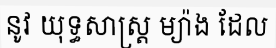
នូវ យុទ្ធសាស្ត្រ ម្យ៉ាង ដែល